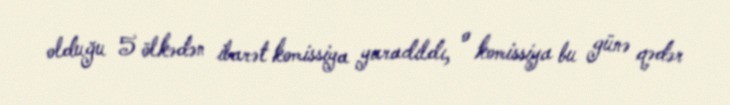
olduğu 5 ölkədən ibarət komissiya yaradıldı, o komissiya bu günə qədər